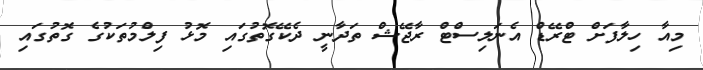
މިއާ ހިލާފަށް ޓްރޭޑް އެނަލިސްޓް ރާޖޭޝް ތަދާނީ ދެކޭގޮތުގައި މޮޅު ފިލްމުތަކުގެ ގޮތުގައި